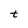
Character: t